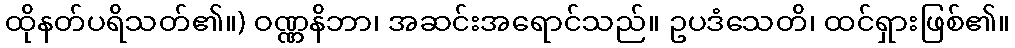
ထိုနတ်ပရိသတ်၏။) ဝဏ္ဏနိဘာ၊ အဆင်းအရောင်သည်။ ဥပဒံသေတိ၊ ထင်ရှားဖြစ်၏။